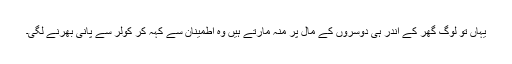
یہاں تو لوگ گھر کے اندر ہی دوسروں کے مال پر منہ مارتے ہیں وہ اطمینان سے کہہ کر کولر سے پانی بھرنے لگی۔